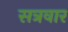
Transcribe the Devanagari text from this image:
सत्रवार